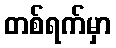
တစ်ရက်မှာ